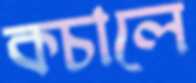
কচালে